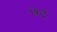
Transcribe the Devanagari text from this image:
।कई